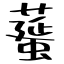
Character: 𦿸